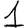
Digit: 1